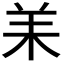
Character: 𦍎